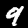
Digit: 9